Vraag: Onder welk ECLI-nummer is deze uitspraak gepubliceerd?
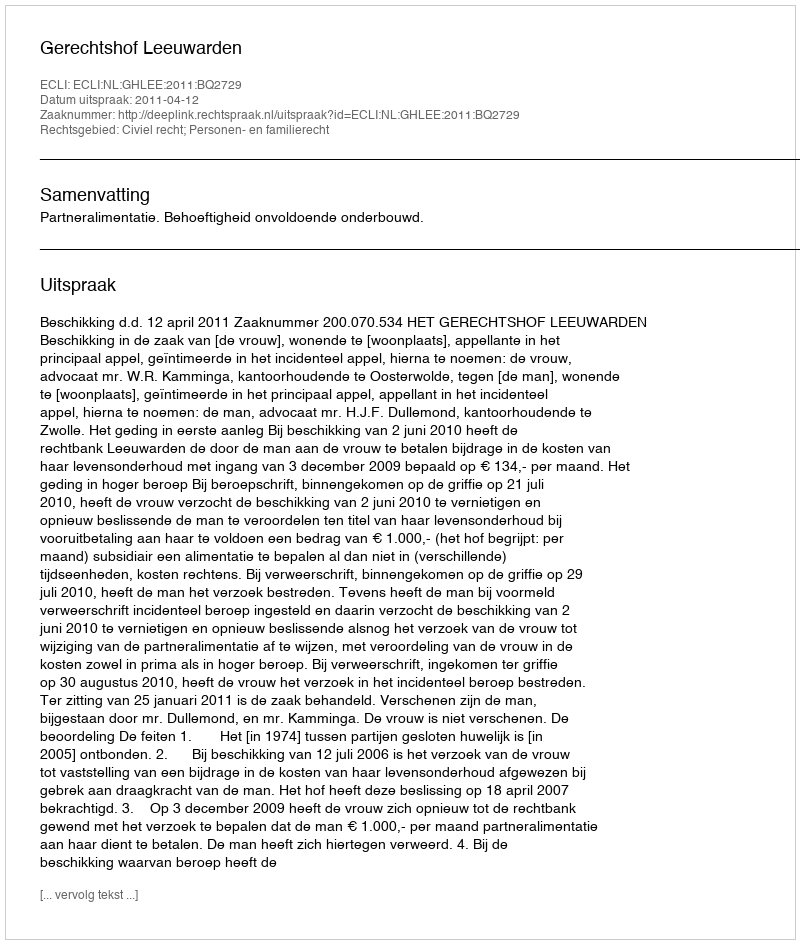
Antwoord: ECLI:NL:GHLEE:2011:BQ2729